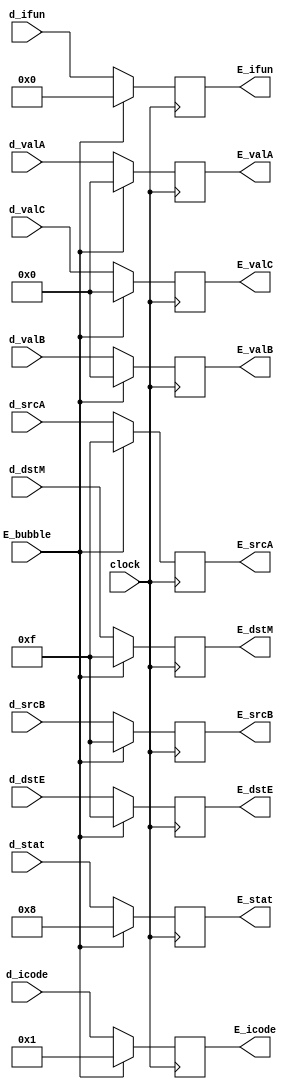
module E_reg (clock, E_bubble, d_stat, d_icode, d_ifun, d_valA, d_valB, d_valC, d_srcA, d_srcB, d_dstE, d_dstM, E_stat, E_icode, E_ifun, E_valA, E_valB, E_valC, E_srcA, E_srcB, E_dstE, E_dstM);

input clock, E_bubble;
input [0:3] d_stat, d_icode, d_ifun, d_srcA, d_srcB, d_dstE, d_dstM;
input [0:63] d_valA, d_valB, d_valC;

output reg [0:3] E_stat, E_icode, E_ifun, E_srcA, E_srcB, E_dstE, E_dstM;
output reg [0:63] E_valA, E_valB, E_valC;

// Updating the E registers according to bubble condition.
always @(posedge clock) begin
	if (E_bubble) begin
		E_dstE <= 4'hF;
		E_dstM <= 4'hF;
		E_icode <= 4'h1;
		E_ifun <= 4'h0;
		E_srcA <= 4'hF;
		E_srcB <= 4'hF;
		E_stat <= 4'b1000;
		E_valA <= 64'd0;
		E_valB <= 64'd0;
		E_valC <= 64'd0;
	end
	else begin
		E_dstE <= d_dstE;
		E_dstM <= d_dstM;
		E_icode <= d_icode;
		E_ifun <= d_ifun;
		E_srcA <= d_srcA;
		E_srcB <= d_srcB;
		E_stat <= d_stat;
		E_valA <= d_valA;
		E_valB <= d_valB;
		E_valC <= d_valC;
	end
end

endmodule